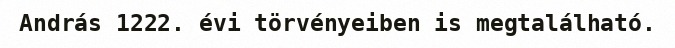
András 1222. évi törvényeiben is megtalálható.